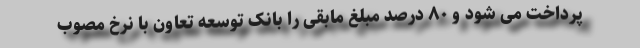
پرداخت می شود و ۸۰ درصد مبلغ مابقی را بانک توسعه تعاون با نرخ مصوب